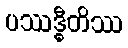
ပဿဒ္ဓီတိဿ